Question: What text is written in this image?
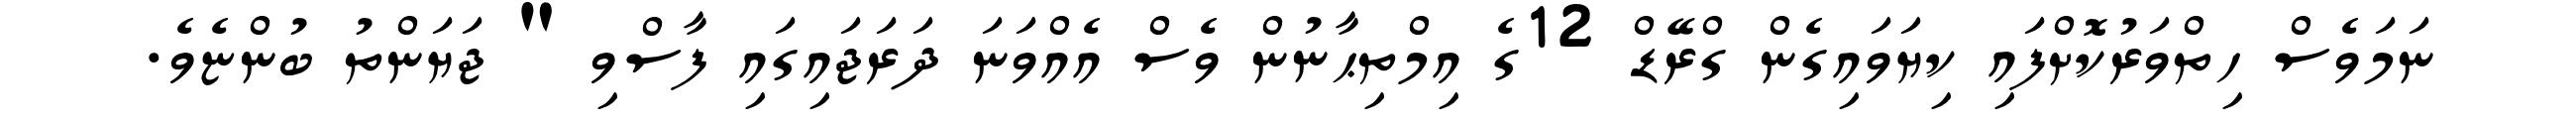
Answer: ނަމަވެސް ހިތްވަރުކޮށްފައި ކިޔަވައިގެން ގްރޭޑް 12ގެ އިމްތިޙާނުން ވެސް އެއްވަނަ ދަރަޖައިގައި ފާސްވި " ޖަޔަންތު ބުންޏެވެ.